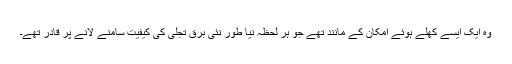
وہ ایک ایسے کھلے ہوئے امکان کے مانند تھے جو ہر لحظہ نیا طور نئی برق تجلی کی کیفیت سامنے لانے پر قادر تھے۔